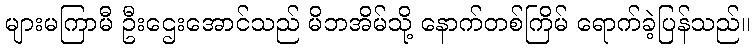
များမကြာမီ ဦးဌေးအောင်သည် မိဘအိမ်သို့ နောက်တစ်ကြိမ် ရောက်ခဲ့ပြန်သည်။